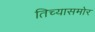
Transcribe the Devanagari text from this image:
तिच्यासमोर